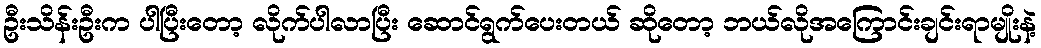
ဦးသိန်းဦးက ပါပြီးတော့ လိုက်ပါလာပြီး ဆောင်ရွက်ပေးတယ် ဆိုတော့ ဘယ်လိုအကြောင်းချင်းရာမျိုးနဲ့